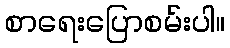
စာရေးပြောစမ်းပါ။